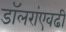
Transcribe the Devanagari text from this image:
डॉलरांएवढी